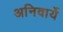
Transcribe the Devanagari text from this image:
अनिवार्ये